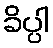
ခိပ္ပါ